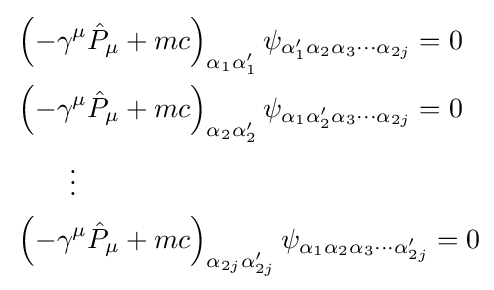
{\begin{aligned}&\left(-\gamma ^{\mu }{\hat {P}}_{\mu }+mc\right)_{\alpha _{1}\alpha _{1}'}\psi _{\alpha '_{1}\alpha _{2}\alpha _{3}\cdots \alpha _{2j}}=0\\&\left(-\gamma ^{\mu }{\hat {P}}_{\mu }+mc\right)_{\alpha _{2}\alpha _{2}'}\psi _{\alpha _{1}\alpha '_{2}\alpha _{3}\cdots \alpha _{2j}}=0\\&\qquad \vdots \\&\left(-\gamma ^{\mu }{\hat {P}}_{\mu }+mc\right)_{\alpha _{2j}\alpha '_{2j}}\psi _{\alpha _{1}\alpha _{2}\alpha _{3}\cdots \alpha '_{2j}}=0\\\end{aligned}}